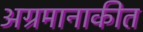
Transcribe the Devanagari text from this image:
अग्रमानाकीत